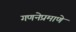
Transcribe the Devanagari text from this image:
गणनेप्रमाणे